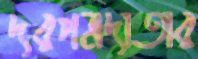
দরপত্রদাতার